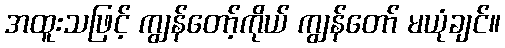
အထူးသဖြင့် ကျွန်တော့်ကိုယ် ကျွန်တော် မယုံချင်။